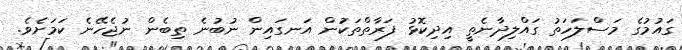
ގައުމުގެ މަސްލަހަތު ގައްލިދާނެތީ އިދިކޮޅު ފަރާތްތަކަުން އަނގައިން ނުބުނެ ތިބެން ނުޖެހޭނެ ކަމަށެވެ.